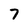
Character: 7